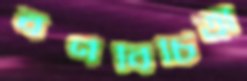
বর্ণবিচিত্রা